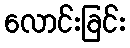
လောင်းခြင်း